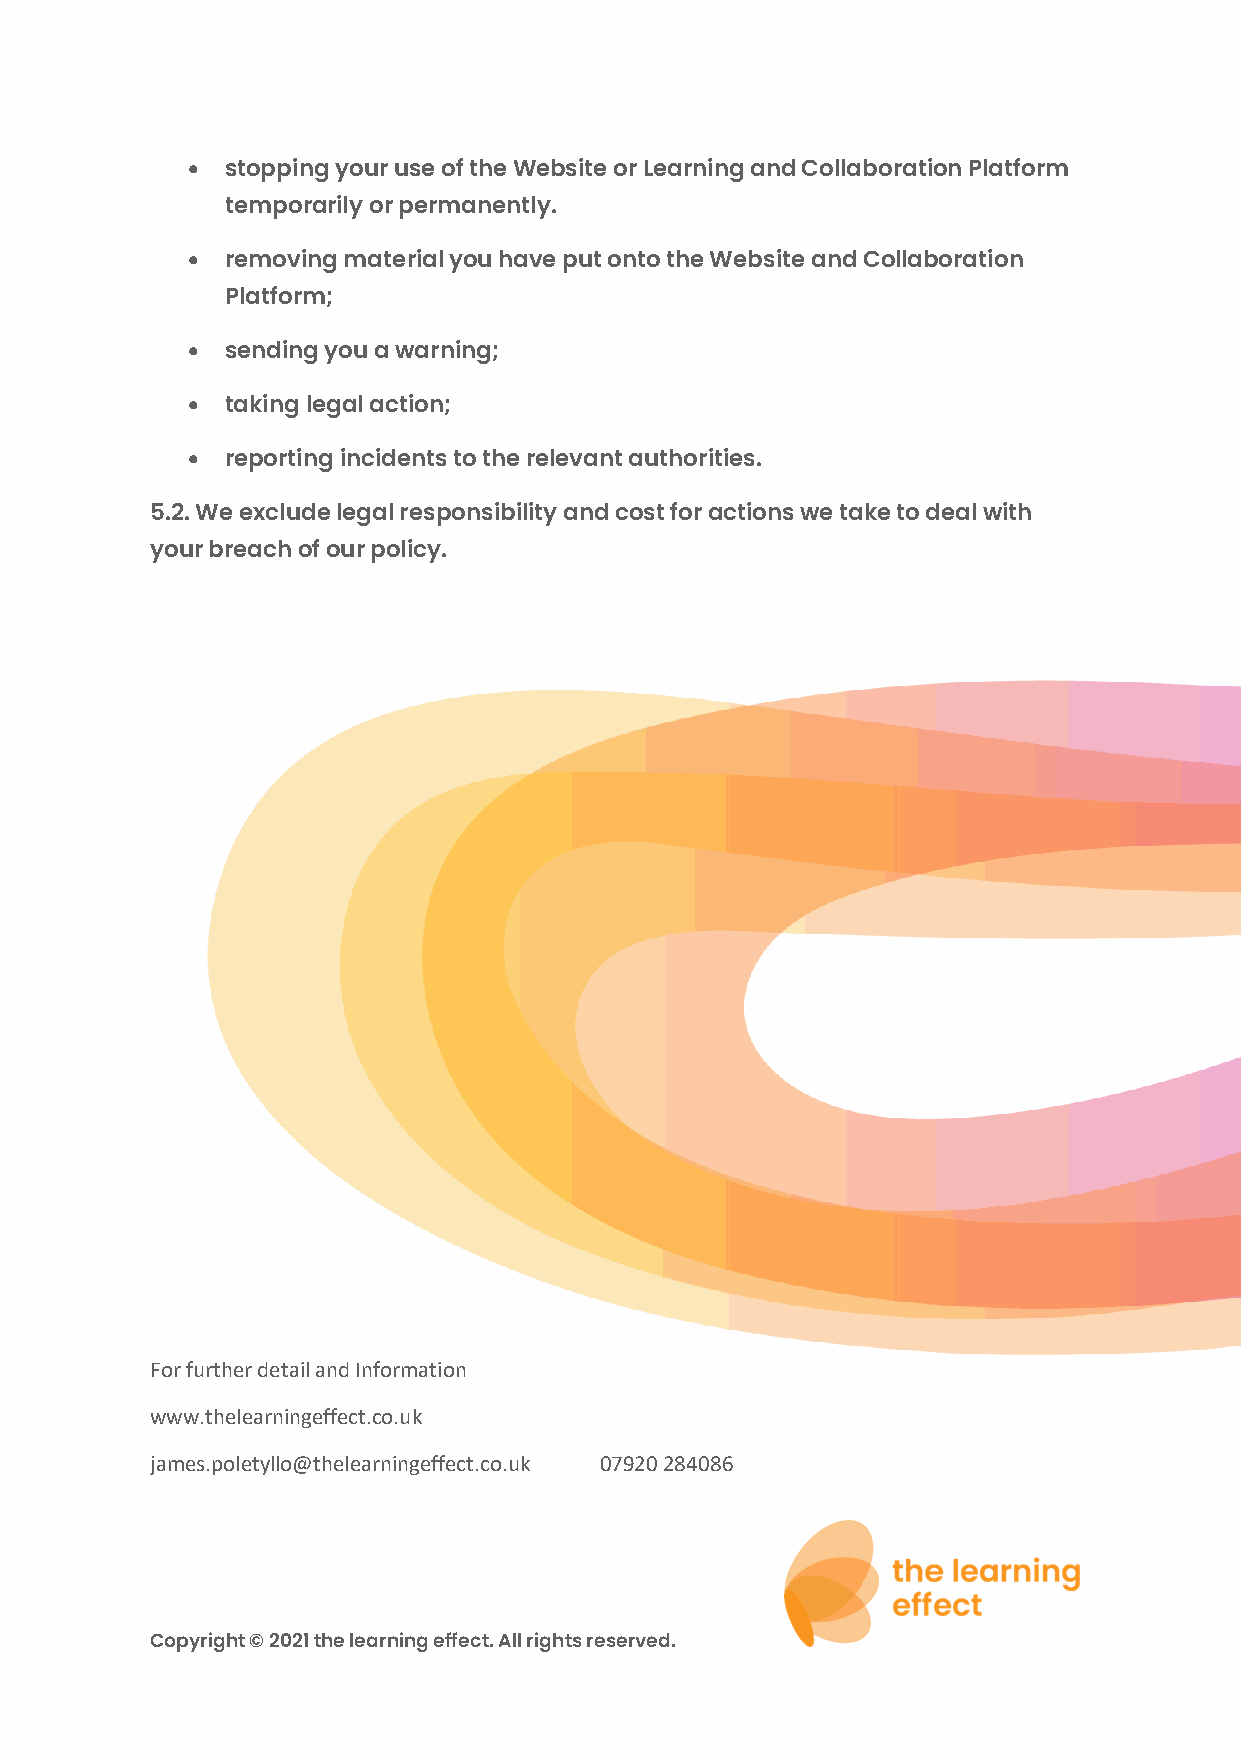
•  stopping your use of the Website or Learning and Collaboration Platform
 temporarily or permanently.
 •  removing material you have put onto the Website and Collaboration
 Platform;
 •  sending you a warning;
 •  taking legal action;
 •  reporting incidents to the relevant authorities.
 5.2. We exclude legal responsibility and cost for actions we take to deal with
 your breach of our policy.
 For further detail and Information
 www.thelearningeffect.co.uk
 james.poletyllo@thelearningeffect.co.uk 07920 284086
 Copyright © 2021 the learning effect. All rights reserved.